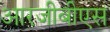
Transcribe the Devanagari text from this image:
आरजीबीएस